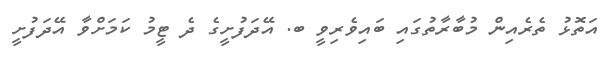
އަތޮޅު ތެރެއިން މުބާރާތުގައި ބައިވެރިވީ ބ. އޭދަފުށީގެ ދެ ޓީމު ކަމަށްވާ އޭދަފުށީ